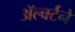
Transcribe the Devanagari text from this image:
ॲल्बर्टने